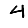
Digit: 4